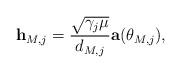
LaTeX: \begin{align*}\mathbf{h}_{M,j}=\frac{\sqrt{\gamma_j\mu}}{d_{M,j}}\mathbf{a}(\theta_{M,j}),\end{align*}